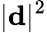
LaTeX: |{\mathbf d}|^{2}